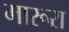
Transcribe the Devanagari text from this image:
मारूरा